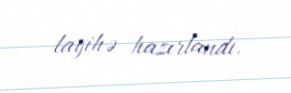
layihə hazırlandı.